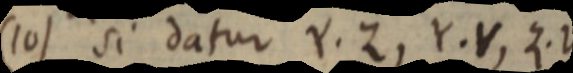
(10) si datur Y. Z, Y. V, Z. V